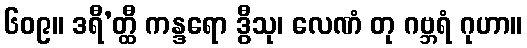
၆၀၉။ ဒရီ’တ္ထီ ကန္ဒရော ဒွီသု၊ လေဏံ တု ဂဗ္ဘရံ ဂုဟာ။